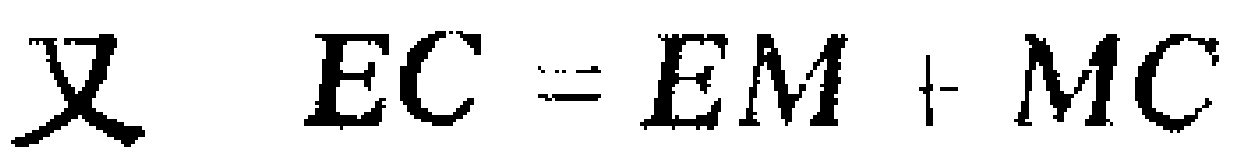
又 \(EC = EM + MC\)